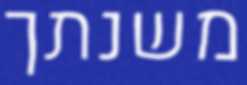
משנתך